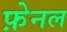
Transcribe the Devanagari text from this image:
फ़ेनल